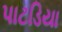
પાટડિયા